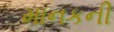
માનકની